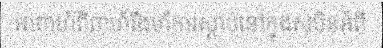
អាពាហ៍ពិពាហ៍រឹងមាំការស្តាប់នៅក្នុងសុបិនអំពី